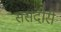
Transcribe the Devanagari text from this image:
ससंदीरी